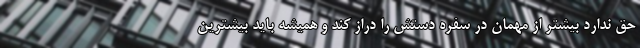
حق ندارد بیشتر از مهمان در سفره دستش را دراز کند و همیشه باید بیشترین